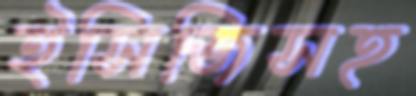
ইসিজিসহ